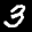
Digit: 3